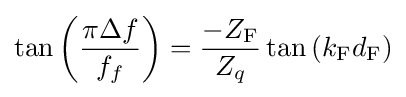
\tan \left({\frac {\pi \Delta f}{f_{f}}}\right)={\frac {-Z_{\mathrm {F} }}{Z_{q}}}\tan \left(k_{\mathrm {F} }d_{\mathrm {F} }\right)